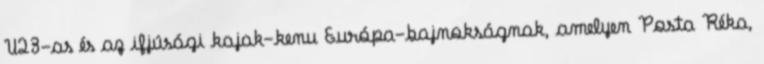
U23-as és az ifjúsági kajak-kenu Európa-bajnokságnak, amelyen Posta Réka,